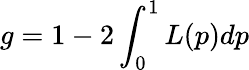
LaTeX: g=1-2\int_{0}^{1}L(p)dp